Malaria in the Duars
Disease focus: Malaria
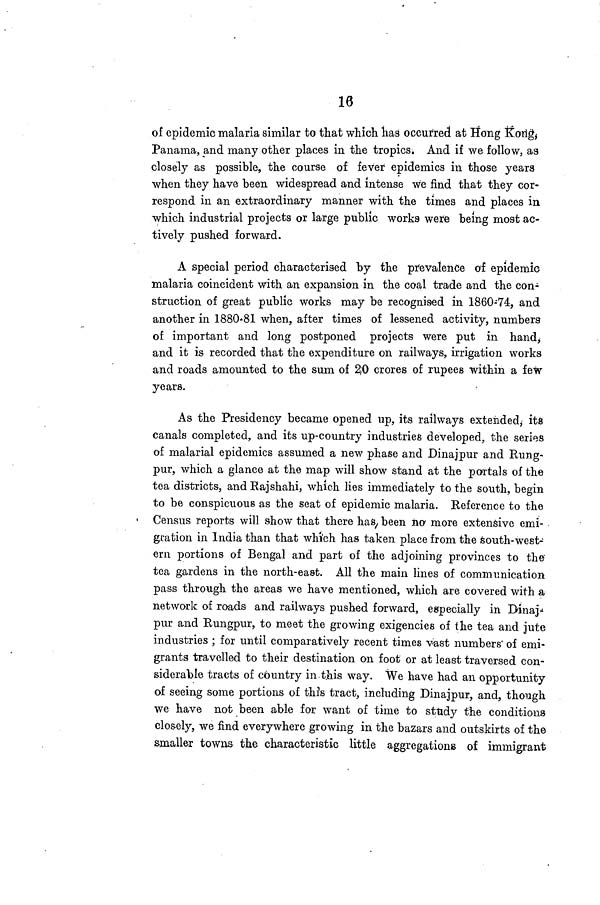
16
of epidemic malaria similar to that which has occurred at Hong Kong,
Panama, and many other places in the tropics. And if we follow, as
closely as possible, the course of fever epidemics in those years
when they have been widespread and intense we find that they cor-
respond in an extraordinary manner with the times and places in
which industrial projects or large public works were being most ac-
tively pushed forward.
A special period characterised by the prevalence of epidemic
malaria coincident with an expansion in the coal trade and the con-
struction of great public works may be recognised in 1860-74, and
another in 1880-81 when, after times of lessened activity, numbers
of important and long postponed projects were put in hand,
and it is recorded that the expenditure on railways, irrigation works
and roads amounted to the sum of 20 crores of rupees within a few
years.
As the Presidency became opened up, its railways extended,- its
canals completed, and its up-country industries developed, the series
of malarial epidemics assumed a new phase and Dinajpur and Rung-
pur, which a glance at the map will show stand at the portals of the
tea districts, and Rajshahi, which lies immediately to the south, begin
to be conspicuous as the seat of epidemic malaria. Reference to the
Census reports will show that there has, been no more extensive emi-
gration in India than that which has taken place from the south-west-
ern portions of Bengal and part of the adjoining provinces to the'
tea gardens in the north-east. All the main lines of communication
pass through the areas we have mentioned, which are covered with a
network of roads and railways pushed forward, especially in Dinaj-
pur and Rungpur, to meet the growing exigencies of the tea and jute
industries ; for until comparatively recent times vast numbers' of emi-
grants travelled to their destination on foot or at least traversed con-
siderable tracts of country in this way. We have had an opportunity
of seeing some portions of this tract, including Dinajpur, and, though
we have not been able for want of time to study the conditions
closely, we find everywhere growing in the bazars and outskirts of the
smaller towns the characteristic little aggregations of immigrant